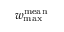
w _ { \mathrm { m a x } } ^ { \mathrm { m e a n } }